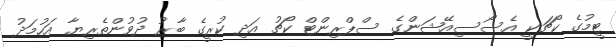
ޓީމުގެ ކޯޗަކީ އެސޯސިއޭޝަންގެ ސްޕްރިންޓް ކޯޗު އަދި ކުރީގެ ބާރު ދުވުންތެރިޔާ އަހުމަދު